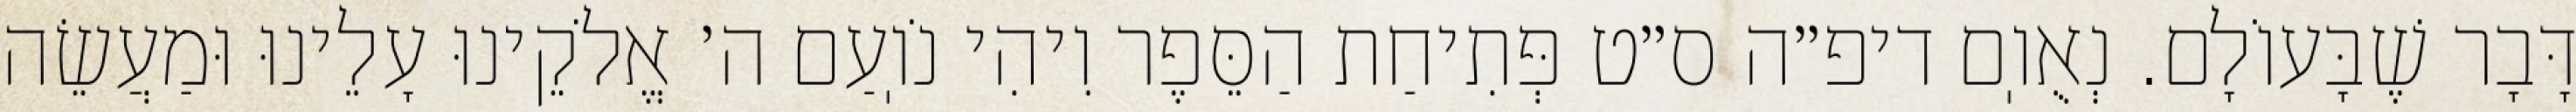
דָּבָר שֶׁבָּעוֹלָם. נְאֻוֽם דיפ״ה ס״ט פְּתִיחַת הַסֵּפֶר וִיהִי נֹוֽעַם ה׳ אֱלֹקֵינוּ עָלֵינוּ וּמַעֲשֵׂה